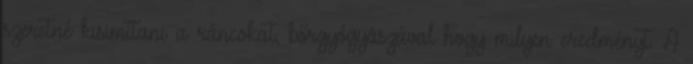
szeretné kisimítani a ráncokat, bőrgyógyászával hogy milyen eredményt. A